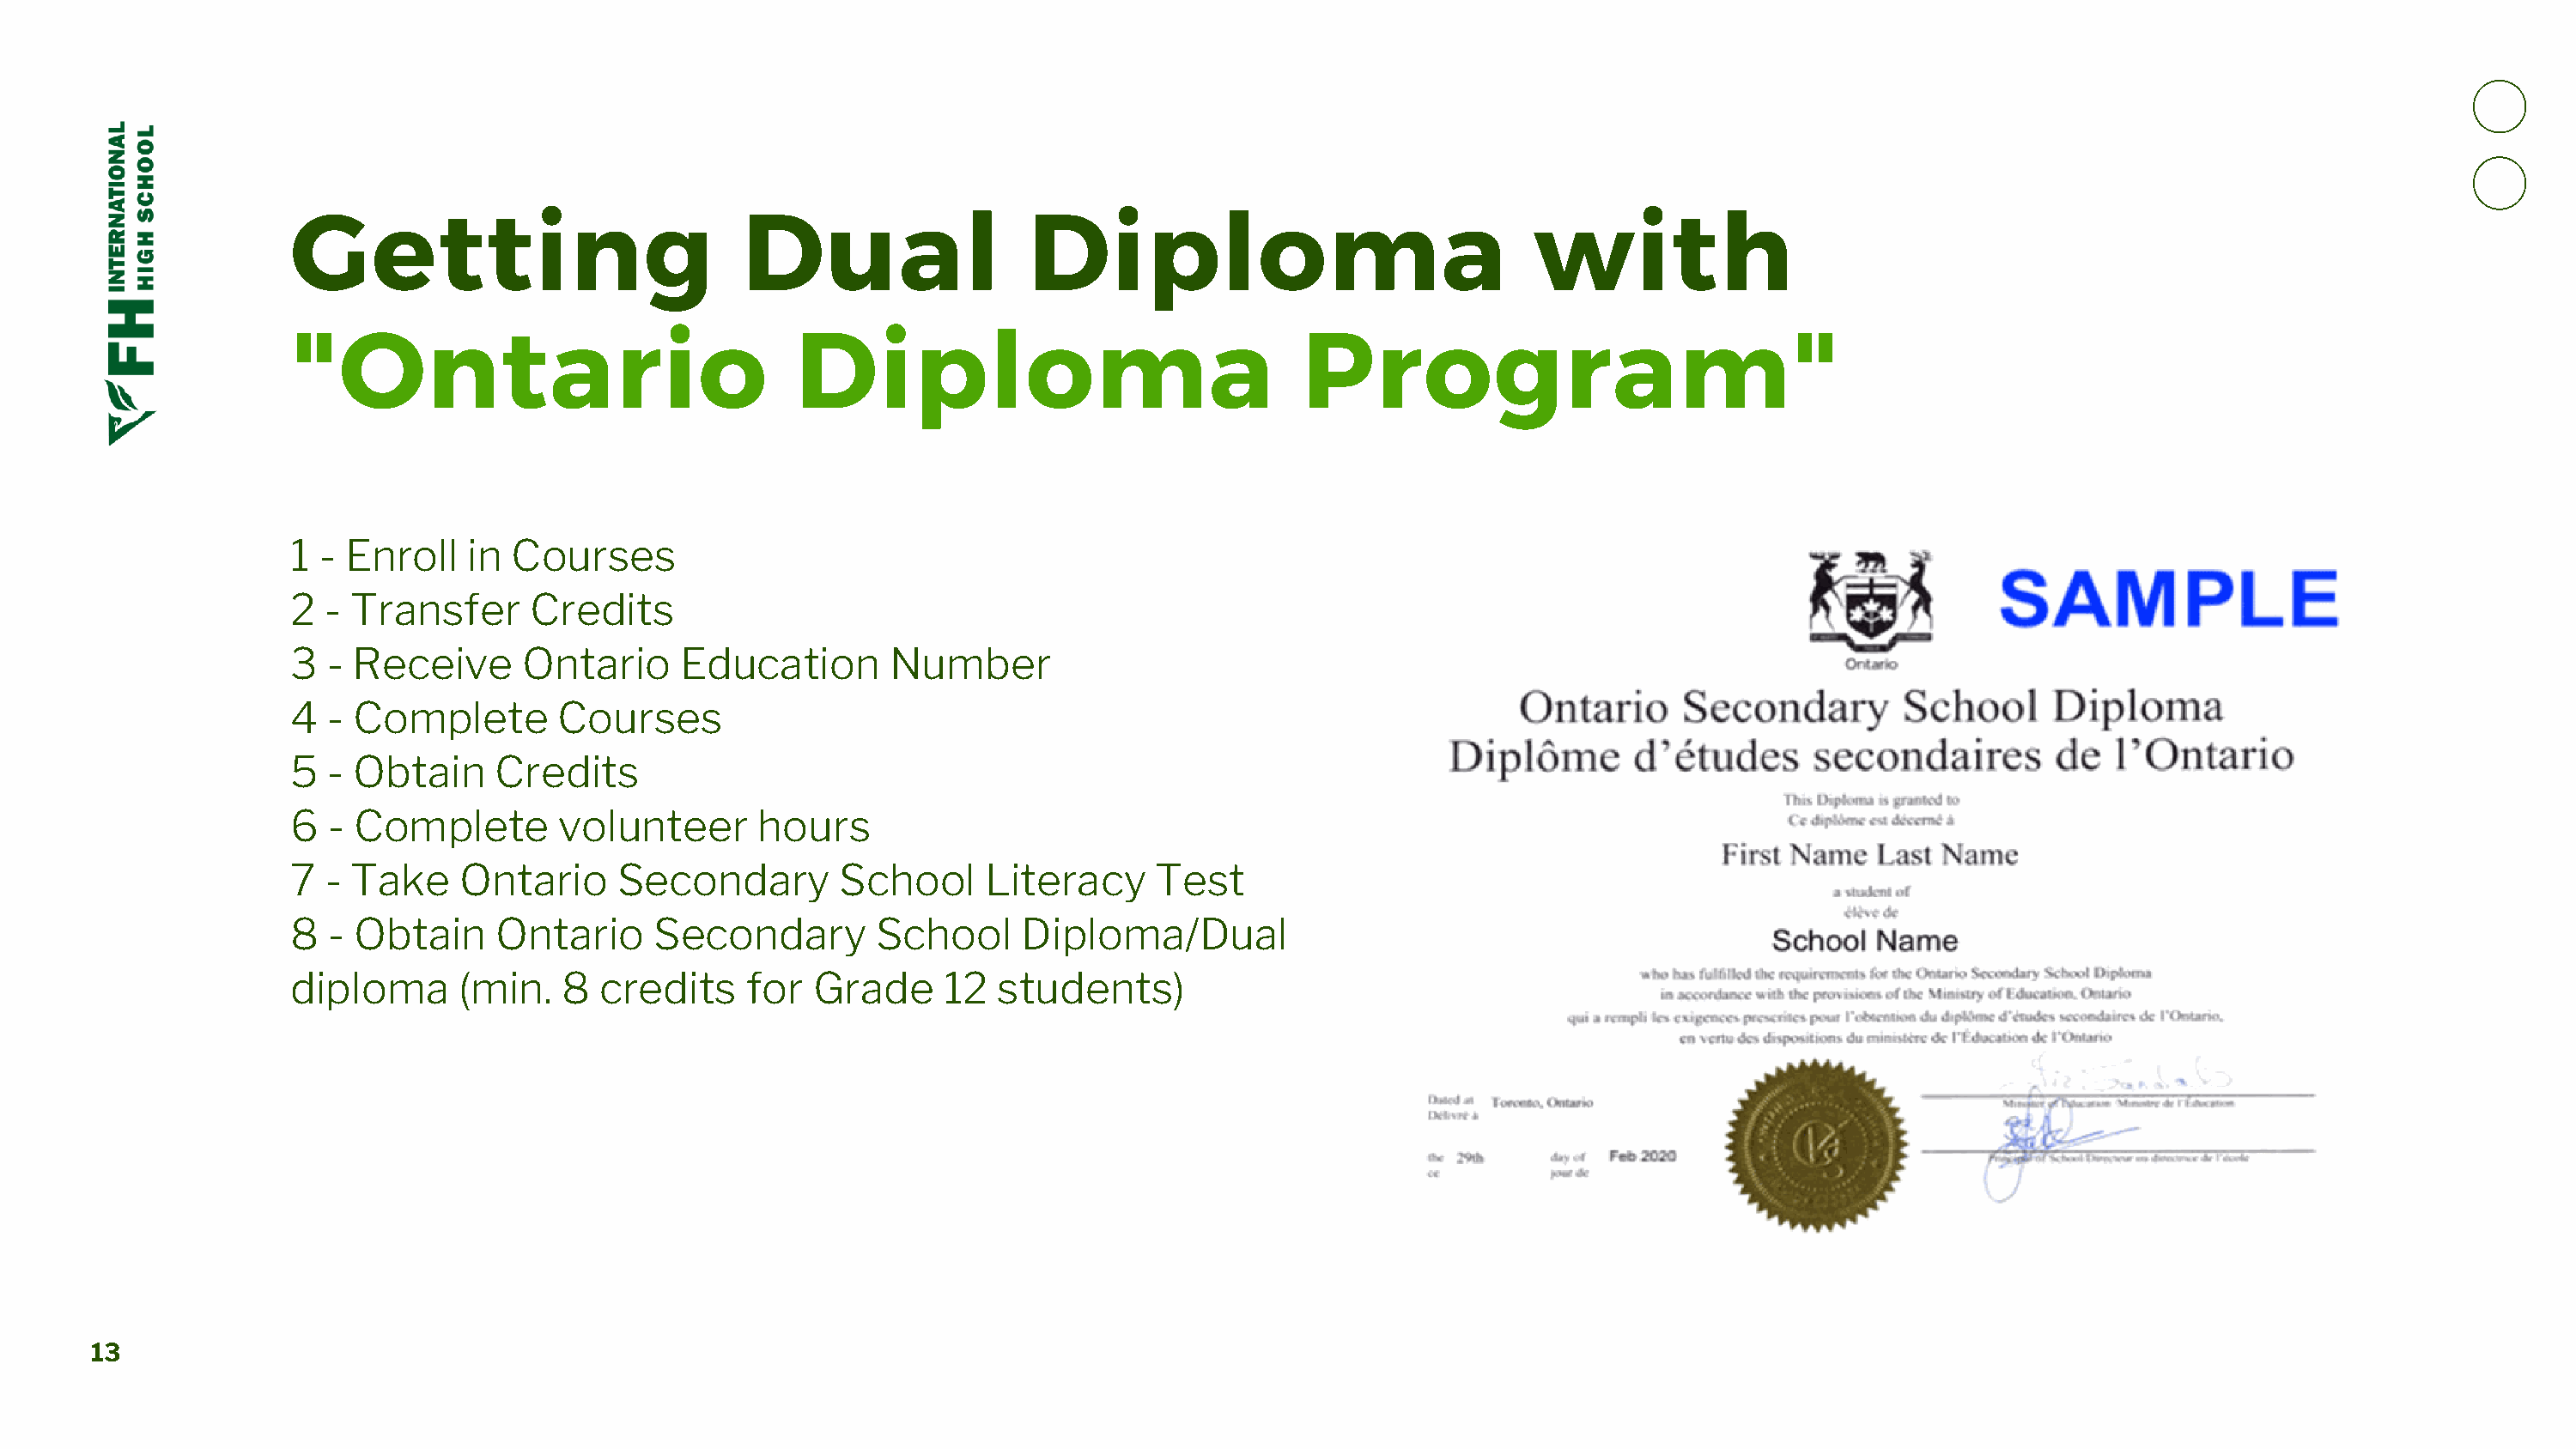
Getting                            Dual                  Diploma                                with
 "Ontario                               Diploma                                Program"
 1  - Enroll   in Courses
 2  - Transfer      Credits
 3  - Receive      Ontario     Education        Number
 4  - Complete        Courses
 5  - Obtain     Credits
 6  - Complete        volunteer      hours
 7  - Take    Ontario      Secondary        School     Literacy     Test
 8  - Obtain     Ontario     Secondary         School     Diploma/Dual
 diploma      (min.   8  credits     for  Grade     12  students)
 13